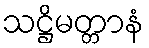
သဋ္ဌိမတ္တာနံ